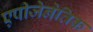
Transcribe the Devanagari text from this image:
एपीजेनेतिक